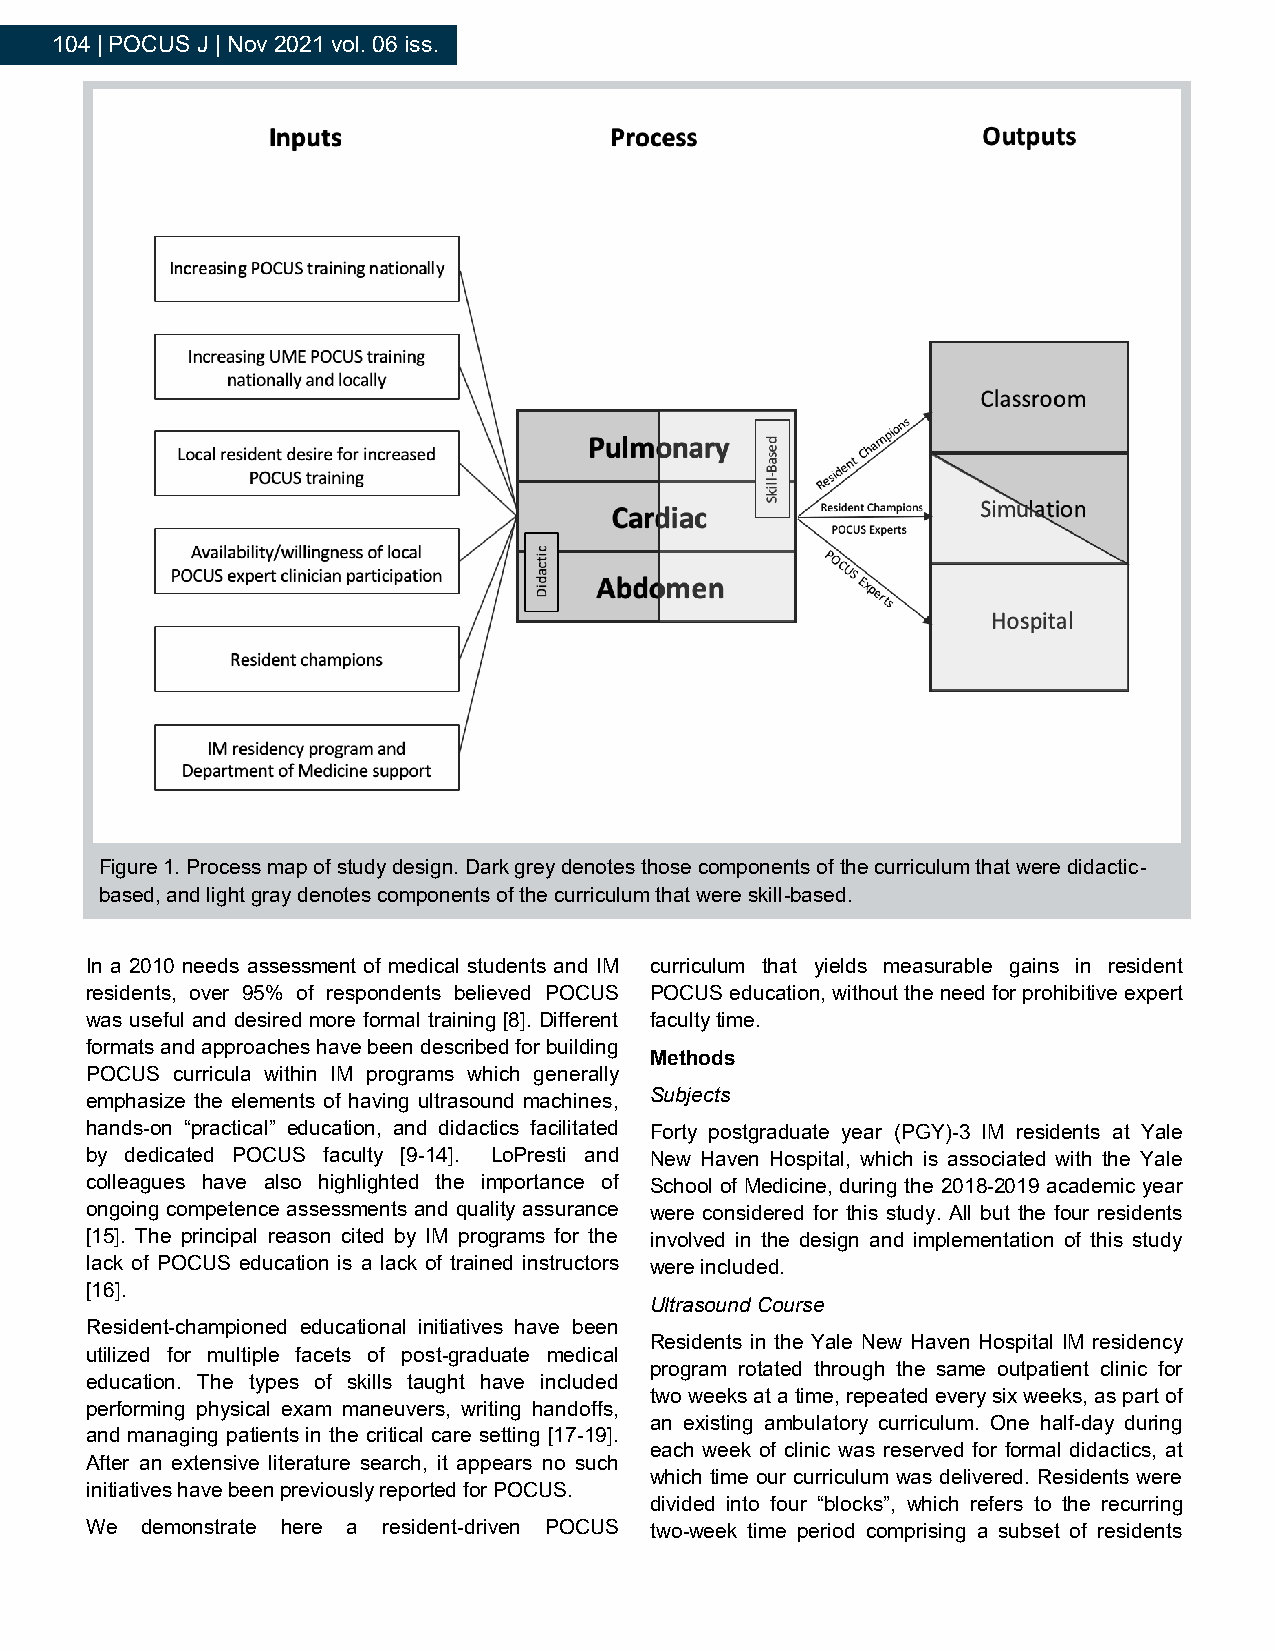
104 | POCUS J | Nov 2021 vol. 06 iss.
 Figure 1. Process map of study design. Dark grey denotes those components of the curriculum that were didactic-
 based, and light gray denotes components of the curriculum that were skill-based.
 In a 2010 needs assessment of medical students and IM curriculum that yields measurable gains in resident
 residents, over 95% of respondents believed POCUS POCUS education, without the need for prohibitive expert
 was useful and desired more formal training [8]. Different faculty time.
 formats and approaches have been described for building
 Methods
 POCUS curricula within IM programs which generally
 Subjects
 emphasize the elements of having ultrasound machines,
 hands-on “practical” education, and didactics facilitated Forty postgraduate year (PGY)-3 IM residents at Yale
 by dedicated POCUS faculty [9-14]. LoPresti and New Haven Hospital, which is associated with the Yale
 colleagues have also highlighted the importance of School of Medicine, during the 2018-2019 academic year
 ongoing competence assessments and quality assurance were considered for this study. All but the four residents
 [15]. The principal reason cited by IM programs for the involved in the design and implementation of this study
 lack of POCUS education is a lack of trained instructors were included.
 [16].
 Ultrasound Course
 Resident-championed educational initiatives have been
 Residents in the Yale New Haven Hospital IM residency
 utilized for multiple facets of post-graduate medical
 program rotated through the same outpatient clinic for
 education. The types of skills taught have included
 two weeks at a time, repeated every six weeks, as part of
 performing physical exam maneuvers, writing handoffs,
 an existing ambulatory curriculum. One half-day during
 and managing patients in the critical care setting [17-19].
 each week of clinic was reserved for formal didactics, at
 After an extensive literature search, it appears no such
 which time our curriculum was delivered. Residents were
 initiatives have been previously reported for POCUS.
 divided into four “blocks”, which refers to the recurring
 We demonstrate here a resident-driven POCUS two-week time period comprising a subset of residents